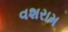
વશરામ